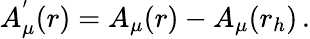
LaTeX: A_{\mu}^{'}(r)=A_{\mu}(r)-A_{\mu}(r_{h})\, .